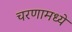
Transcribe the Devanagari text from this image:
चरणामध्ये